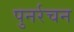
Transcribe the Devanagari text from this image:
पुनर्रचन